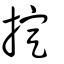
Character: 掟